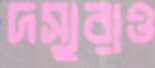
দস্যুরাও